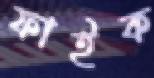
ফাইক